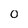
Character: O